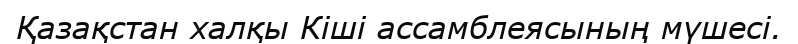
Қазақстан халқы Кіші ассамблеясының мүшесі.